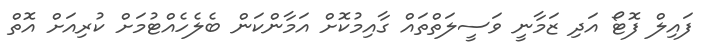
ފައިލް ފޮޓޯ އަދި ޒަމާނީ ވަސީލަތްތައް ގާއިމުކޮށް އަމާންކަން ބެލެހެއްޓުމަށް ކުރިއަށް އޮތް